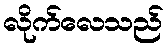
လိုက်လေသည်